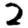
Digit: 2